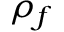
\rho _ { f }